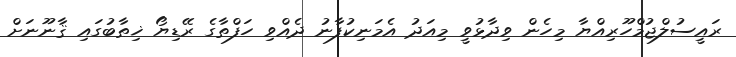
ރައީސުލްޖުމްހޫރިއްޔާ މިހެން ވިދާޅުވީ މިއަދު އެމަނިކުފާނު ދެއްވި ހަފްތާގެ ރޭޑިޔޯ ޚިޠާބުގައި ޤާނޫނަށް